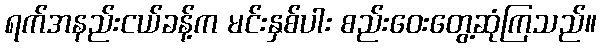
ရက်အနည်းငယ်ခန့်က မင်းနှစ်ပါး စည်းဝေးတွေ့ဆုံကြသည်။